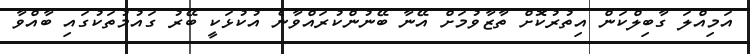
އަމިއްލަ ގާބިލްކަން އިތުރުކޮށް ތާޒާވުމަށް އޭނާ ބޭނުންކުރައްވާނެ އުކުޅަކީ ބޭރު ގައުމުތަކުގައި ބާއްވާ